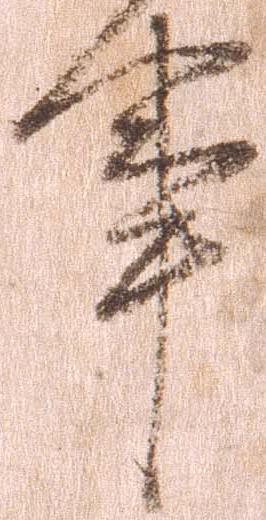
事